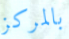
بالمركز